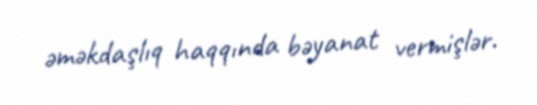
əməkdaşlıq haqqında bəyanat vermişlər.